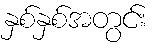
နှစ်နှစ်အတွင်း